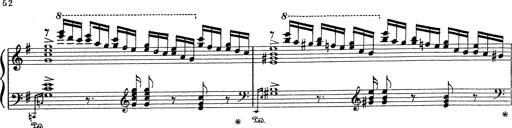
Title: Grosses Konzertsolo
Composer: Franz Liszt